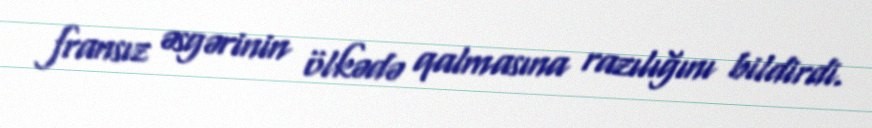
fransız əsgərinin ölkədə qalmasına razılığını bildirdi.